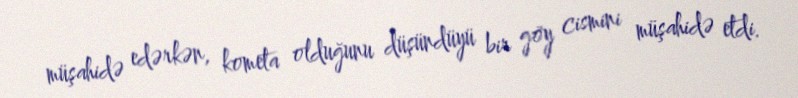
müşahidə edərkən, kometa olduğunu düşündüyü bir göy cismini müşahidə etdi.